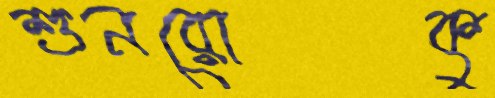
শুনরোকু